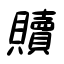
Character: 贖